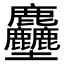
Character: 𪋻